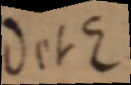
D et E